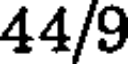
44/9